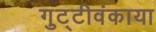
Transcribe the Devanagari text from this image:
गुट्टीवंकाया